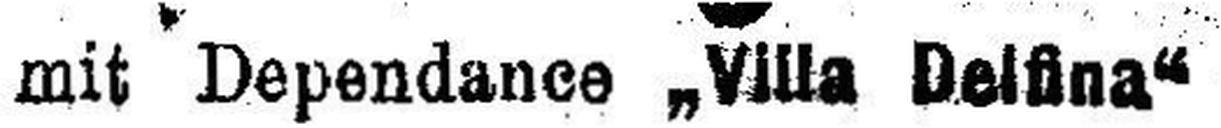
mit Dependance „Villa Delfina“